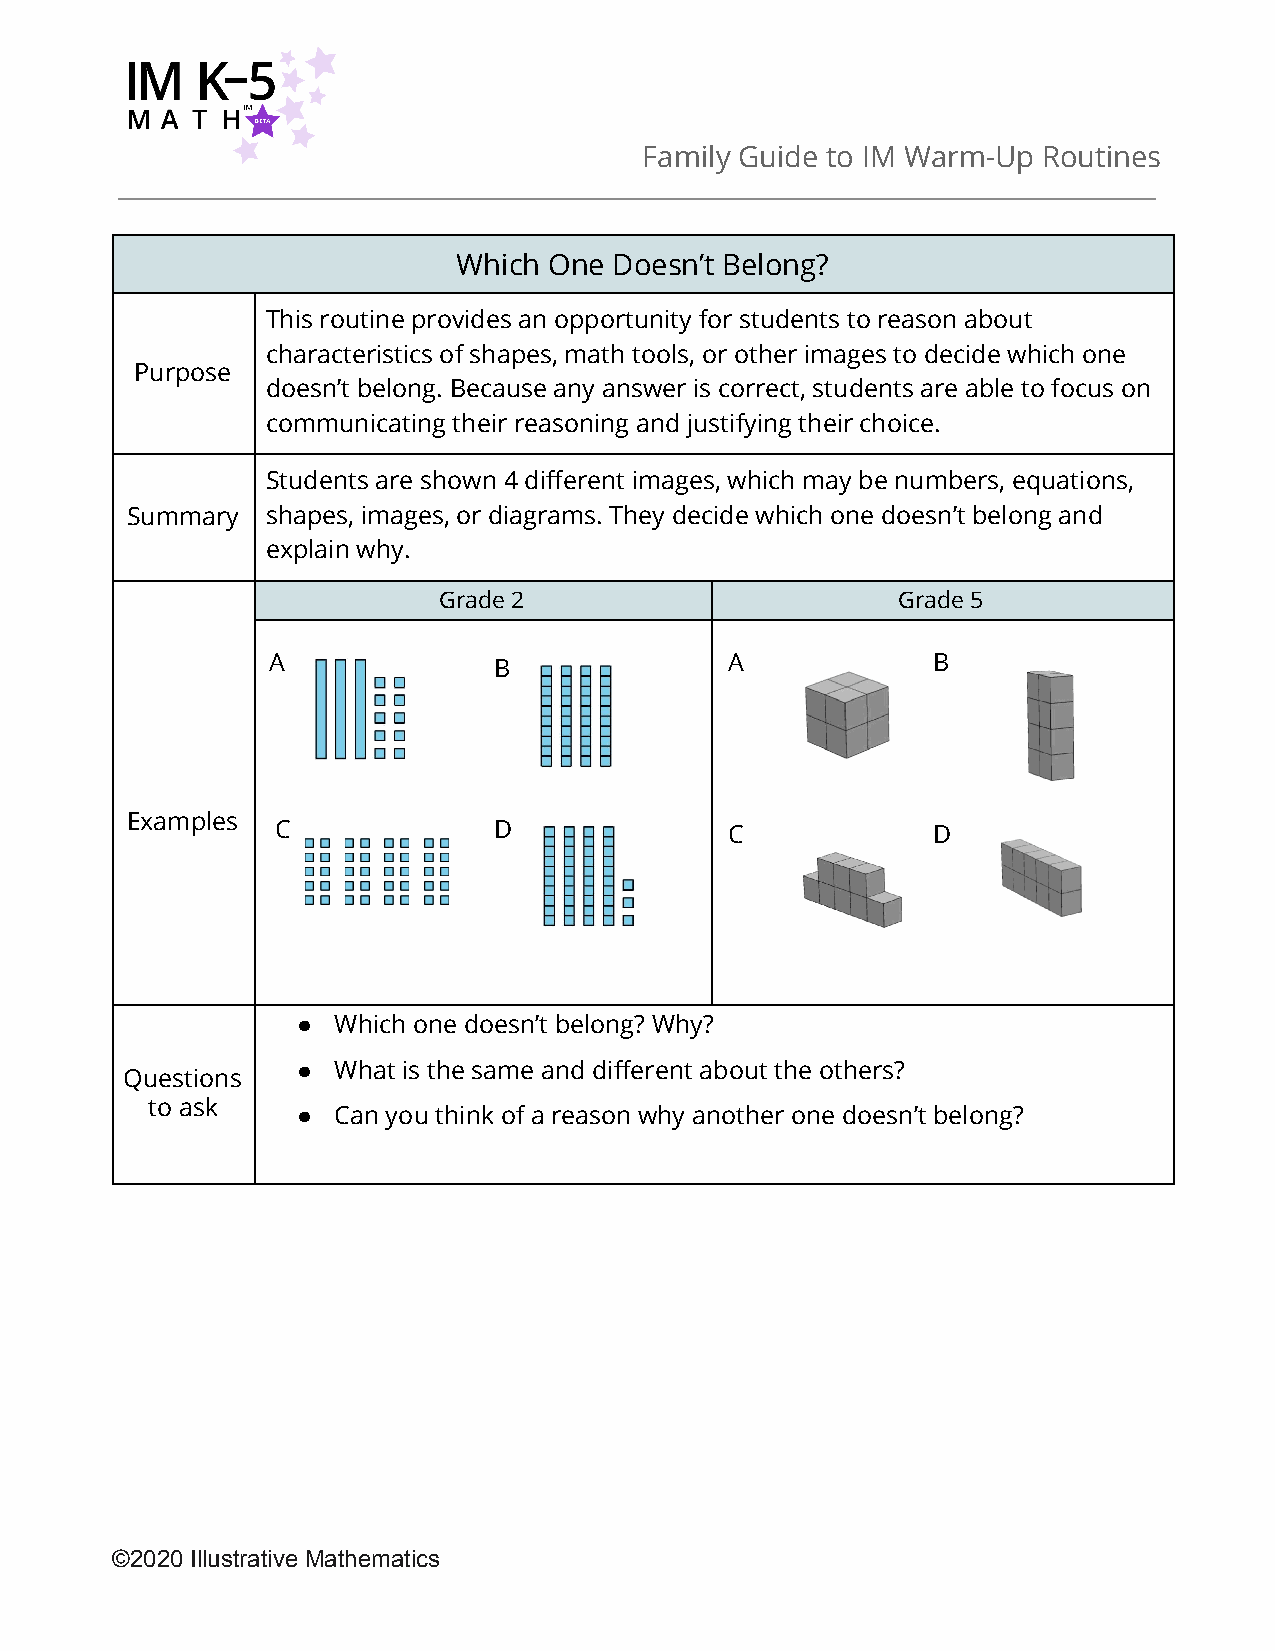
Family Guide to IM Warm-Up Routines
 ​
 Which One  Doesn’t Belong?
 This routine provides an opportunity for students to reason about
 characteristics of shapes, math tools, or other images to decide which one
 Purpose
 doesn’t belong. Because any answer is correct, students are able to focus on
 communicating their reasoning and justifying their choice.
 Students are shown 4 different images, which may be numbers, equations,
 Summary   shapes, images, or diagrams. They decide which one doesn’t belong and
 explain why.
 Grade 2                       Grade 5
 A              B              A             B
 Examples
 C              D              C             D
 ● Which one doesn’t belong? Why?
 ● What is the same and different about the others?
 Questions
 to ask    ● Can you think of a reason why another one doesn’t belong?
 ©2020 Illustrative Mathematics